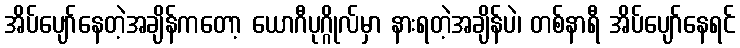
အိပ်ပျော်နေတဲ့အချိန်ကတော့ ယောဂီပုဂ္ဂိုလ်မှာ နားရတဲ့အချိန်ပဲ၊ တစ်နာရီ အိပ်ပျော်နေရင်